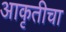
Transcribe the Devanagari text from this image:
आकृतीचा